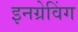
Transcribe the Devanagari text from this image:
इनग्रेविंग